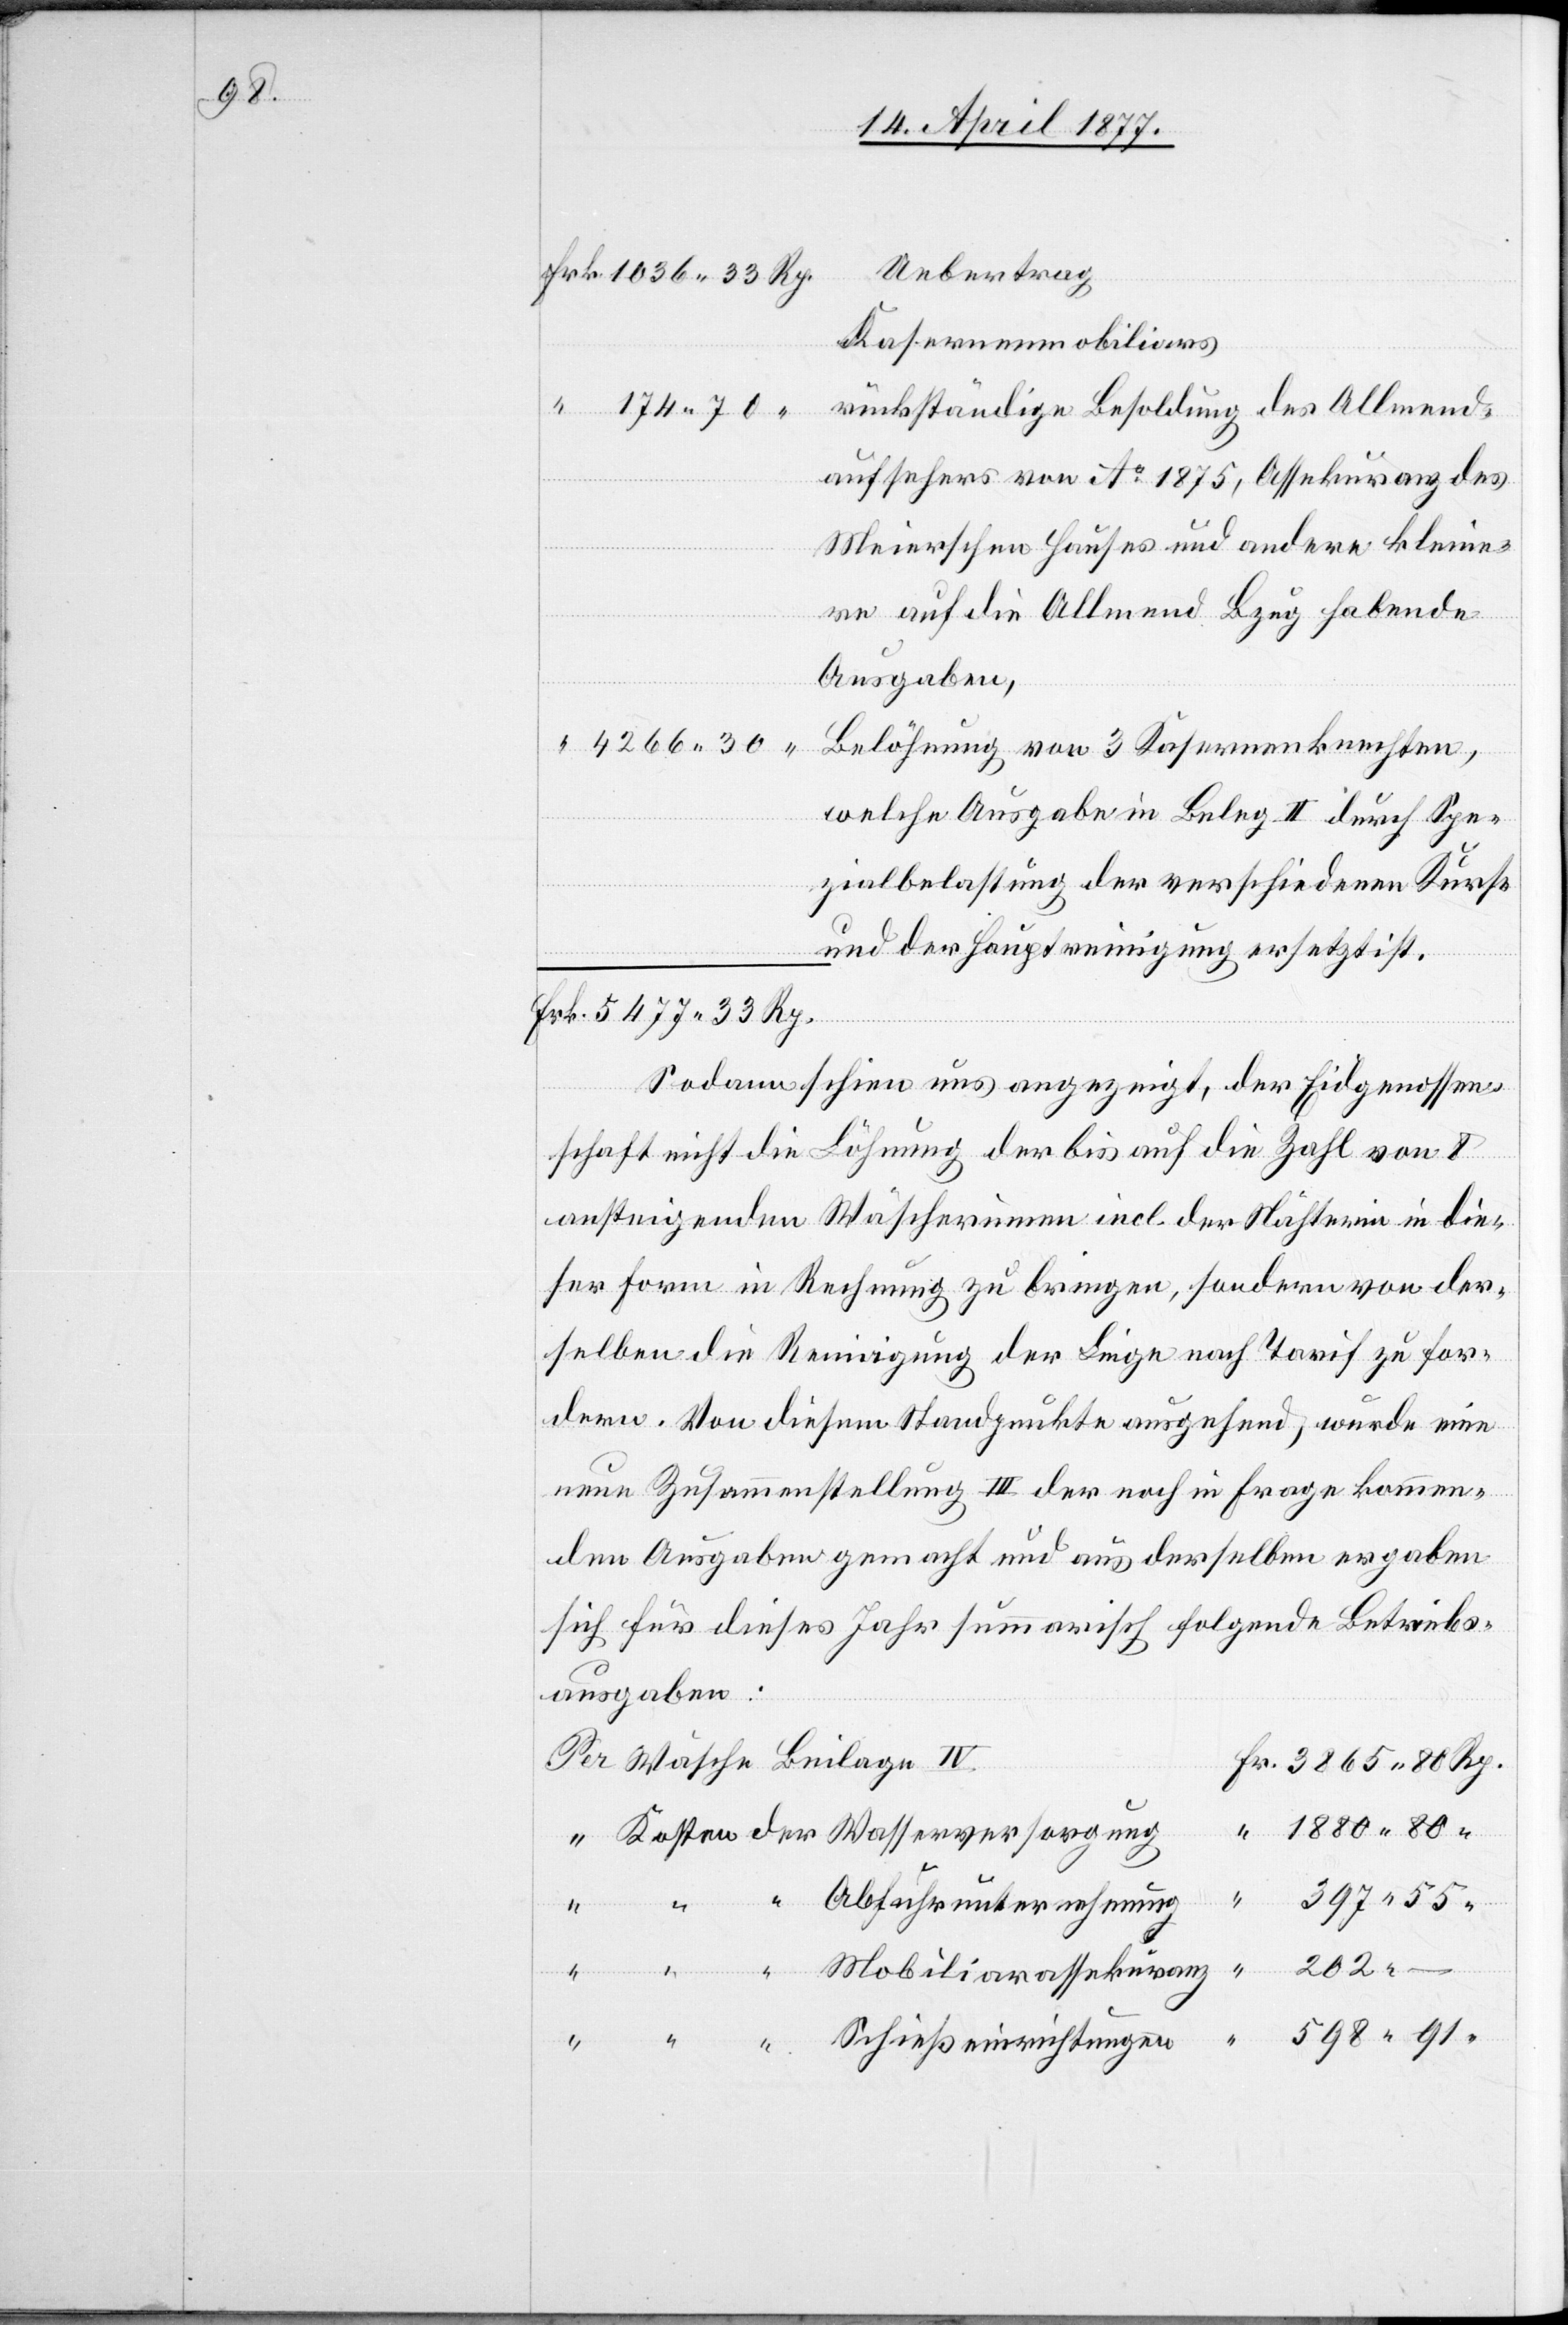
rückständige Besoldung des Allmend¬
aufsehers von Ao 1875, Assekuranz des
Meierschen Hauses und andere kleine¬
re auf die Allmend Bezug habende
Ausgaben,
Belöhnung von 3 Kasernenknechten,
welche Ausgabe in Beleg II durch Spe¬
zialbelastung der verschiedenen Kurse
und der Hauptreinigung ersetzt ist.
gen
“
598
Sodann schien uns angezeigt, der Eidgenossen¬
schaft nicht die Löhnung der bis auf die Zahl von 8
ansteigenden Wäscherinnen incl. der Nähterin in die¬
ser Form in Rechnung zu bringen, sondern von der¬
dern. Von diesem Stadtpunkte ausgehend, wurde eine
neue Zusammenstellung III der noch in Frage kommen¬
den Ausgaben gemacht und aus derselben ergeben
sich für dieses Jahr summarisch folgende Betriebs¬
ausgaben:
eßeinrichtun¬